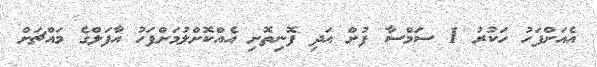
އެއަށްފަހު ހަކުރު 1 ސަމްސާ ފުށް އަދި ފޮނިތޮށި އެއްކޮށްލުމަށްފަހު އާފަލްގެ މައްޗަށް